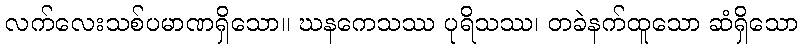
လက်လေးသစ်ပမာဏရှိသော။ ဃနကေသဿ ပုရိသဿ၊ တခဲနက်ထူသော ဆံရှိသော